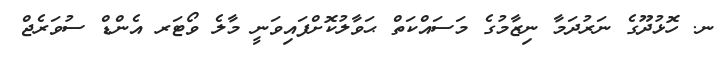
ނ. ހޮޅުދޫގެ ނަރުދަމާ ނިޒާމުގެ މަސައްކަތް ޙަވާލުކޮށްފައިވަނީ މާލެ ވޯޓަރ އެންޑް ސުވަރެޖް